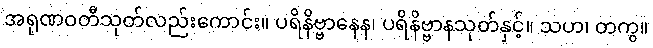
အရုဏဝတီသုတ်လည်းကောင်း။ ပရိနိဗ္ဗာနေန၊ ပရိနိဗ္ဗာနသုတ်နှင့်။ သဟ၊ တကွ။